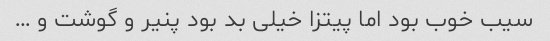
سیب خوب بود اما پیتزا خیلی بد بود پنیر و گوشت و …